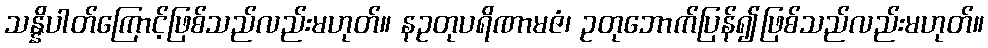
သန္နိပါတ်ကြောင့်ဖြစ်သည်လည်းမဟုတ်။ နဥတုပရိဏာမဇံ၊ ဥတုဘောက်ပြန်၍ဖြစ်သည်လည်းမဟုတ်။